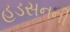
હડસનની